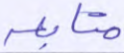
متابعة